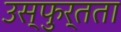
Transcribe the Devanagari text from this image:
उस्फुर्तता